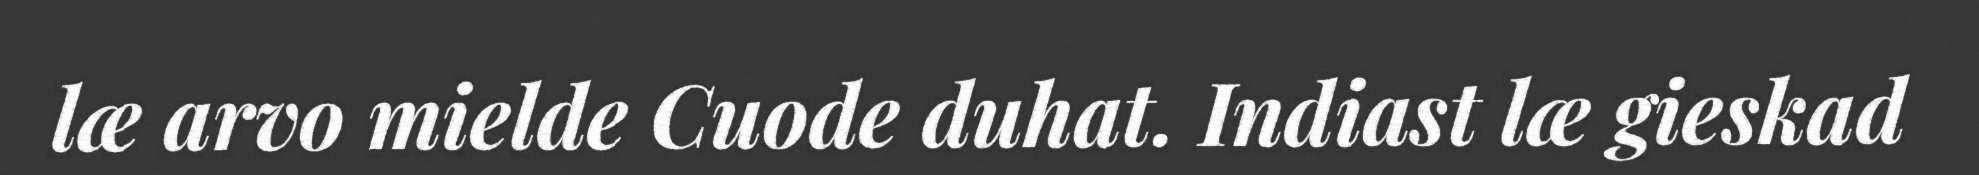
læ arvo mielde Cuode duhat. Indiast læ gieskad